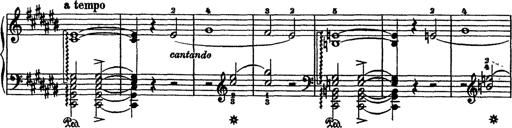
Title: Recueillement
Composer: Franz Liszt